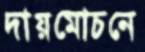
দায়মোচনে